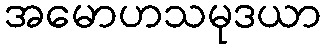
အမောဟသမုဒယာ